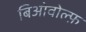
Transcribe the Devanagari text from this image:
बिओवोल्फ़